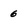
Character: 6